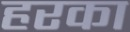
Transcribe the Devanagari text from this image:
हरका